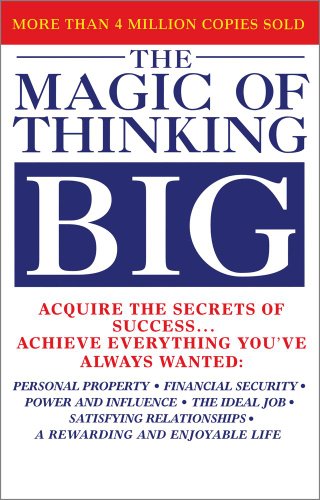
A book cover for The Magic of Thinking Big; David Joseph Schwartz; Humor & Entertainment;